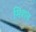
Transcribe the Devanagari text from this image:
मिशन्‌